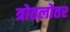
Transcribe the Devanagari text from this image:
त्रोतलोतर